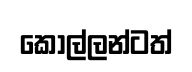
කොල්ලන්ටත්